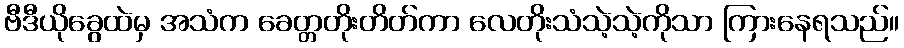
ဗီဒီယိုခွေထဲမှ အသံက ခေတ္တတိုးတိတ်ကာ လေတိုးသံသဲ့သဲ့ကိုသာ ကြားနေရသည်။